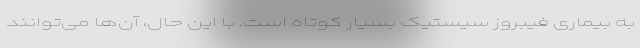
به بیماری فیبروز سیستیک بسیار کوتاه است. با این حال، آن‌ها می‌توانند